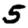
Digit: 5